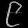
Digit: ၉